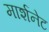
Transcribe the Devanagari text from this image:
मार्शनेट